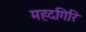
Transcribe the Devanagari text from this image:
महदगिरि